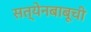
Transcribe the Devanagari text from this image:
सत्येनबाबूची